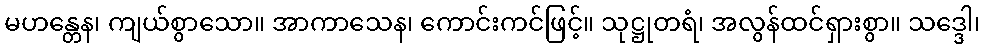
မဟန္တေန၊ ကျယ်စွာသော။ အာကာသေန၊ ကောင်းကင်ဖြင့်။ သုဋ္ဌုတရံ၊ အလွန်ထင်ရှားစွာ။ သဒ္ဒေါ၊